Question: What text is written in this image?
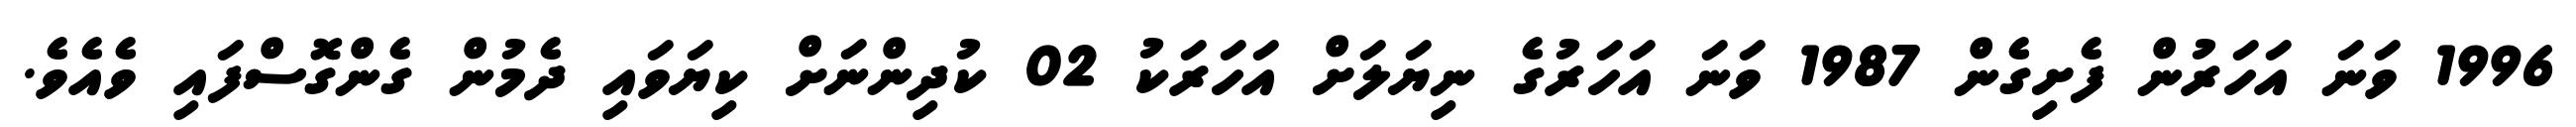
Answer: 1996 ވަނަ އަހަރުން ފެށިގެން 1987 ވަނަ އަހަރުގެ ނިޔަލަށް އަހަރަކު 02 ކުދިންނަށް ކިޔަވައި ދެމުން ގެންގޮސްފައި ވެއެވެ.